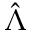
\hat { \Lambda }